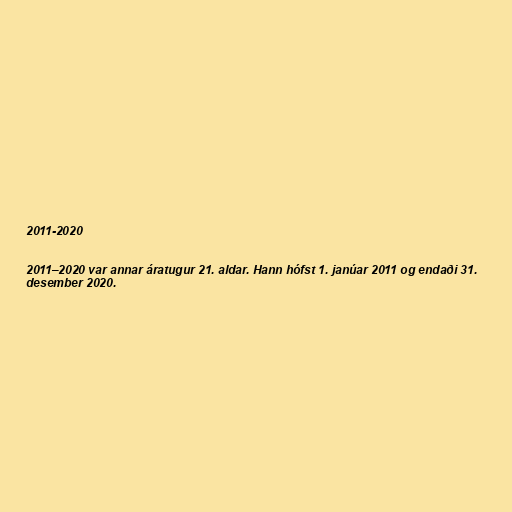
2011-2020

2011–2020 var annar áratugur 21. aldar. Hann hófst 1. janúar 2011 og endaði 31.
desember 2020.